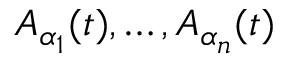
A _ { \alpha _ { 1 } } ( t ) , \hdots , A _ { \alpha _ { n } } ( t )